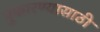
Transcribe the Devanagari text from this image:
पुकारण्यासाठी